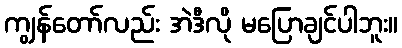
ကျွန်တော်လည်း အဲဒီလို မပြောချင်ပါဘူး။